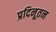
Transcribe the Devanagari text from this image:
प्रदिनूतन